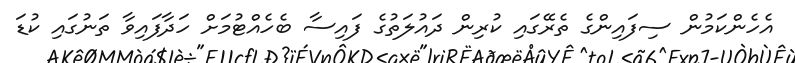
އެހެންކަމުން ސިފައިންގެ ތެރޭގައި ކުރިން ދައުލަތުގެ ފައިސާ ބެހެއްޓުމަށް ހަދާފައިވާ ތަނުގައި ކުޑަ